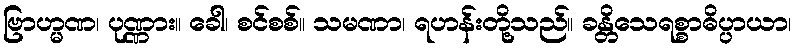
ဗြာဟ္မဏ၊ ပုဏ္ဏား။ ခေါ၊ စင်စစ်။ သမဏာ၊ ရဟန်းတို့သည်။ ခန္တိသေရစ္စာဓိပ္ပာယာ၊